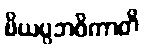
ပိယပ္ပဘဝိကာတိ